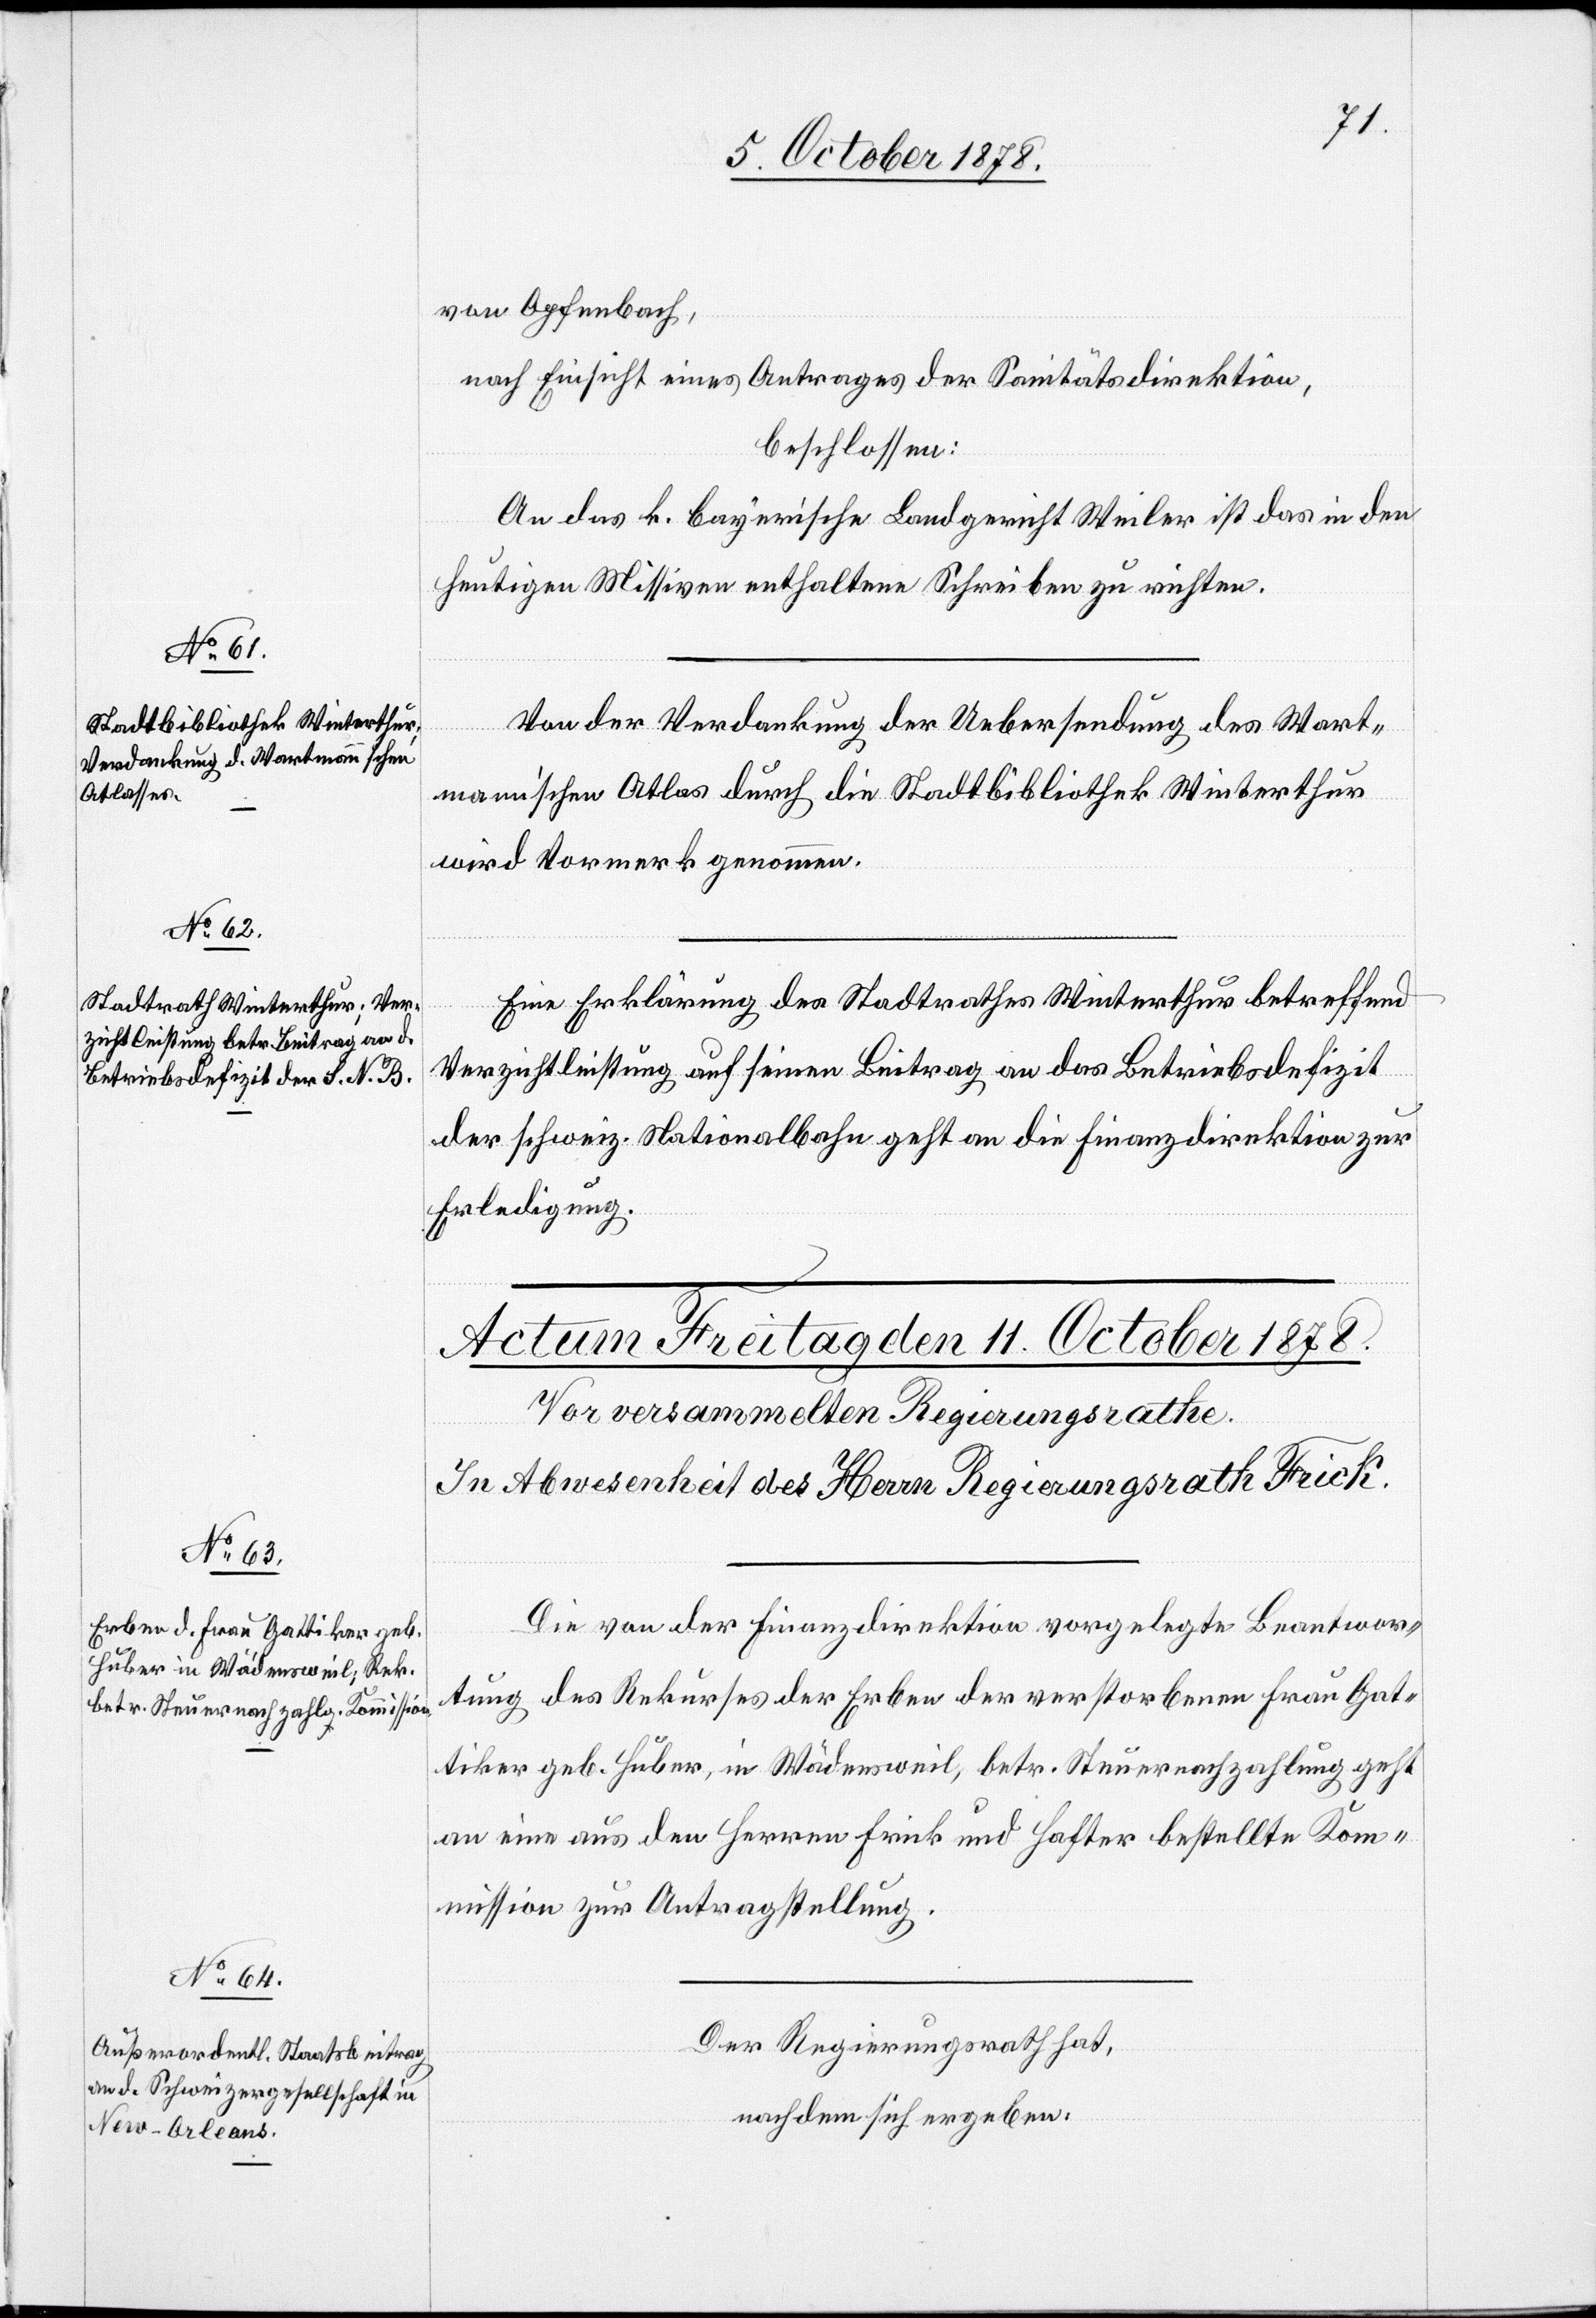
9. October 1878.]
von Opfenbach,
nach Einsicht eines Antrages der Sanitätsdirektion,
beschlossen:
An das k. bayerische Landgericht Weiler ist das in den
heutigen Missiven enthaltene Schreiben zu richten.
Von der Verdankung der Uebersendung des Wart¬
mann’schen Atlas durch die Stadtbibliothek Winterthur
wird Vormerk genommen.
Eine Erklärung des Stadtrathes Winterthur betreffend
Verzichtleistung auf seinen Beitrag an das Betriebsdefizit
der schweiz. Nationalbahn geht an die Finanzdirektion zur
Erledigung.
Die von der Finanzdirektion vorgelegte Beantwor¬
tung des Rekurses der Erben der verstorbenen Frau Gat¬
tiker geb. Huber, in Wädensweil, betr. Steuernachzahlung geht
an eine aus den Herren Frick und Hafter bestellte Kom¬
mission zur Antragstellung.
Der Regierungsrath hat,
nachdem sich ergeben: